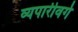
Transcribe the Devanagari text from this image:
व्यपारीवर्ग